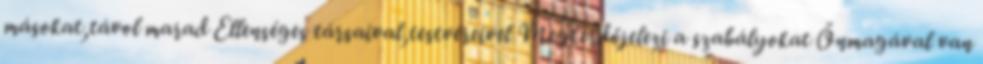
másokat,távol marad Ellenséges társaival,testvéreivel Megkérdőjelezi a szabályokat Önmagával van